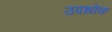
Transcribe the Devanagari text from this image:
उपभोक